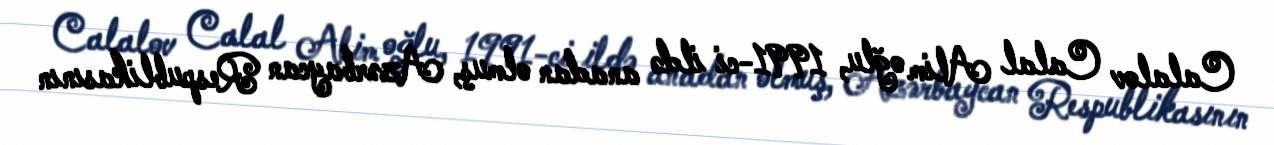
Calalov Calal Alim oğlu, 1991-ci ildə anadan olmuş, Azərbaycan Respublikasının